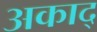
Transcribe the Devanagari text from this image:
अकाद्